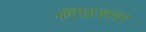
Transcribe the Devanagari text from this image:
व्हाऊचरवर